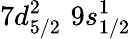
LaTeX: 7d_{5/2}^{2}\, \, 9s_{1/2}^{1}